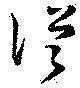
従